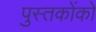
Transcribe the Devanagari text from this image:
पुस्‍तकोंको